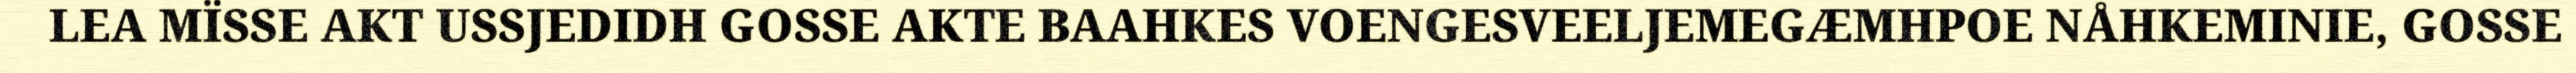
LEA MÏSSE AKT USSJEDIDH GOSSE AKTE BAAHKES VOENGESVEELJEMEGÆMHPOE NÅHKEMINIE, GOSSE